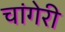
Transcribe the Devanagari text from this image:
चांगेरी